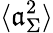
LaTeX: \langle\mathfrak{a}_{\Sigma}^{2}\rangle